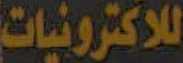
للاكترونيات